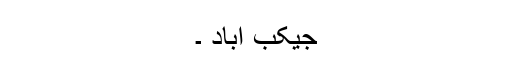
جیکب آباد ۔